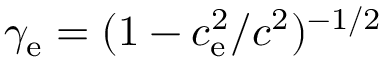
\gamma _ { \mathrm { e } } = ( 1 - c _ { \mathrm { e } } ^ { 2 } / c ^ { 2 } ) ^ { - 1 / 2 }